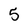
Character: 5